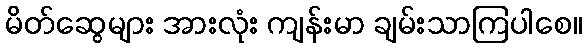
မိတ်ဆွေများ အားလုံး ကျန်းမာ ချမ်းသာကြပါစေ။